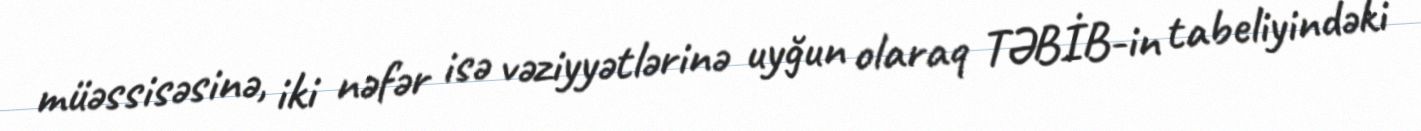
müəssisəsinə, iki nəfər isə vəziyyətlərinə uyğun olaraq TƏBİB-in tabeliyindəki